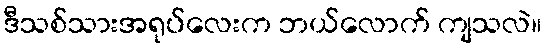
ဒီသစ်သားအရုပ်လေးက ဘယ်လောက် ကျသလဲ။